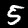
Label: 5